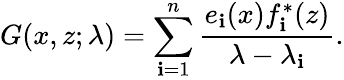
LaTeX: G(x,z;\lambda)=\sum_{\mathbf{i}=1}^{n}{\frac{{e_{\mathbf{i}}(x)f_{\mathbf{i}}^{*}(z)}}{{\lambda-\lambda_{\mathbf{i}}}}}.